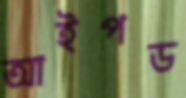
আইপড